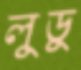
লুডু